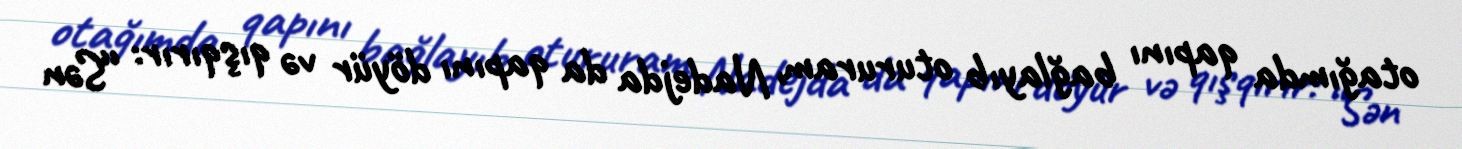
otağımda qapını bağlayıb otururam, Nadejda da qapını döyür və qışqırır: “Sən